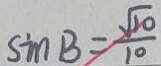
\sin B = \frac { \sqrt { 1 0 } } { 1 0 }